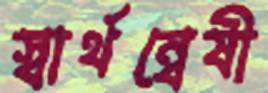
স্বার্থন্বেষী